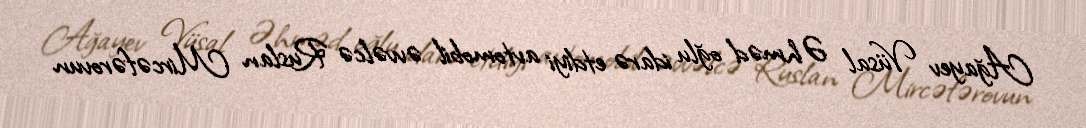
Ağayev Vüsal Əhməd oğlu idarə etdiyi avtomobil əvvəlcə Ruslan Mircəfərovun